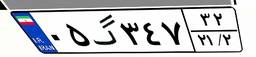
۹۶گ۰۲۴۹۶